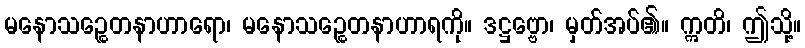
မနောသဉ္စေတနာဟာရော၊ မနောသဉ္စေတနာဟာရကို။ ဒဋ္ဌဗ္ဗော၊ မှတ်အပ်၏။ ဣတိ၊ ဤသို့။